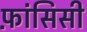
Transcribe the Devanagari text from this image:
फ़ांसिसी